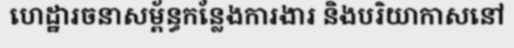
ហេដ្ឋារចនាសម្ព័ន្ធកន្លែងការងារ និងបរិយាកាសនៅ